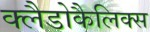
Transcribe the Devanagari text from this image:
क्लैडोकैलिक्स